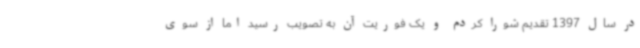
در سال 1397 تقدیم شورا کردم و یک فوریت آن به تصویب رسید اما از سوی